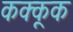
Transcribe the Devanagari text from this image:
कक्कूक